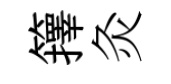
籜灸